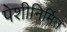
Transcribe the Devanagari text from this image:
पेशीनिर्मित